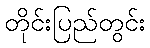
တိုင်းပြည်တွင်း